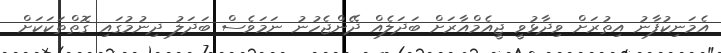
އެމަނިކުފާނު އިތުރަށް ވިދާޅުވީ ޖީއެމްއާރަށް ބަދަލެއް ދޭންޖެހުނު ނަމަވެސް ބަދަލު ދިނުމުގައި ގޮތްތަކަކަށް